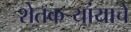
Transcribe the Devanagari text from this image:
शेतकर्‍यांयाचे